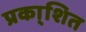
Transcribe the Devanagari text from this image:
प्रका्शित